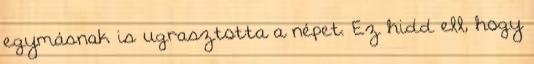
egymásnak is ugrasztotta a népet. Ez hidd ell, hogy